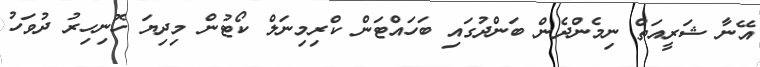
އޭނާ ޝަރީއަތް ނިމެންދެން ބަންދުގައި ބަހައްޓަން ކްރިމިނަލް ކޯޓުން މިދިޔަ ހޮނިހިރު ދުވަހު